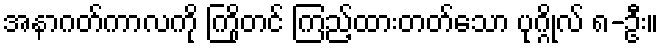
အနာဂတ်ကာလကို ကြိုတင် ကြည့်ထားတတ်သော ပုဂ္ဂိုလ် ၈-ဦး။